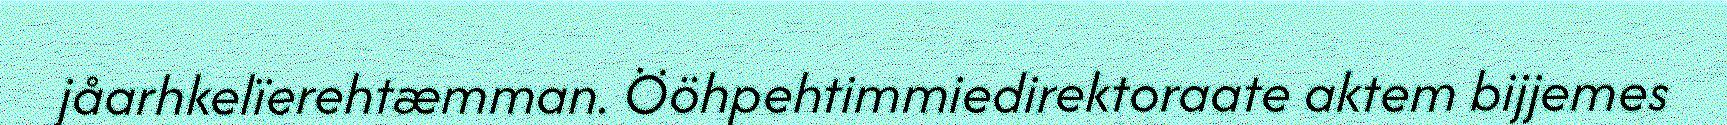
jåarhkelïerehtæmman. Ööhpehtimmiedirektoraate aktem bijjemes